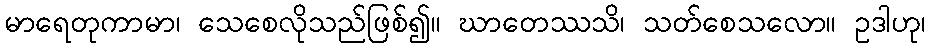
မာရေတုကာမာ၊ သေစေလိုသည်ဖြစ်၍။ ဃာတေဿသိ၊ သတ်စေသလော။ ဥဒါဟု၊